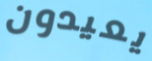
يعيدون